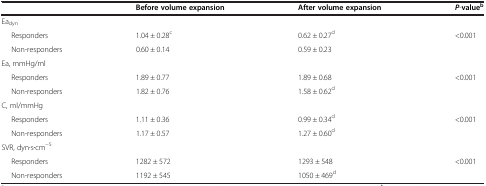
<table><thead><tr><td></td><td><b>Before volume expansion</b></td><td><b>After volume expansion</b></td><td><b><i>P</i>-value<sup>b</sup></b></td></tr></thead><tbody><tr><td>Ea<sub>dyn</sub></td><td></td><td></td><td></td></tr><tr><td>Responders</td><td>1.04 ± 0.28<sup>c</sup></td><td>0.62 ± 0.27<sup>d</sup></td><td>&lt;0.001</td></tr><tr><td>Non-responders</td><td>0.60 ± 0.14</td><td>0.59 ± 0.23</td><td></td></tr><tr><td>Ea, mmHg/ml</td><td></td><td></td><td></td></tr><tr><td>Responders</td><td>1.89 ± 0.77</td><td>1.89 ± 0.68</td><td>&lt;0.001</td></tr><tr><td>Non-responders</td><td>1.82 ± 0.76</td><td>1.58 ± 0.62<sup>d</sup></td><td></td></tr><tr><td>C, ml/mmHg</td><td></td><td></td><td></td></tr><tr><td>Responders</td><td>1.11 ± 0.36</td><td>0.99 ± 0.34<sup>d</sup></td><td>&lt;0.001</td></tr><tr><td>Non-responders</td><td>1.17 ± 0.57</td><td>1.27 ± 0.60<sup>d</sup></td><td></td></tr><tr><td>SVR, dyn∙s∙cm<sup>−5</sup></td><td></td><td></td><td></td></tr><tr><td>Responders</td><td>1282 ± 572</td><td>1293 ± 548</td><td>&lt;0.001</td></tr><tr><td>Non-responders</td><td>1192 ± 545</td><td>1050 ± 469<sup>d</sup></td><td></td></tr></tbody></table>